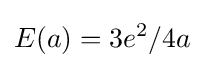
E(a)=3e^{2}/4a